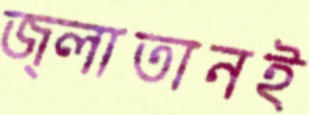
জ্লাতানই